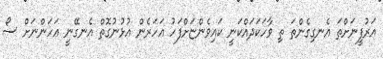
އަރުފީނަށްތަ އެނގިގެންތަ ތި ވާހަކަދައްކަނީ ކައިވެންޏަށްފަހު އަހަރެން އުޅުނުގޮތް އެނގޭނީ އަހަންނަށް ސޯ